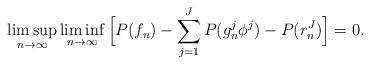
LaTeX: \begin{align*} \limsup_{n\to\infty}\liminf_{n\to\infty}\Big[P(f_n)-\sum_{j=1}^JP(g_n^j\phi^j)-P(r_n^J)\Big]=0. \end{align*}